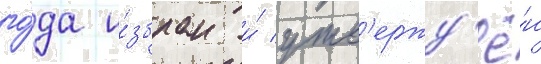
го́да и́збран и́ утв'ержд'ё́н